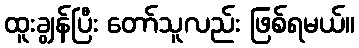
ထူးချွန်ပြီး တော်သူလည်း ဖြစ်ရမယ်။